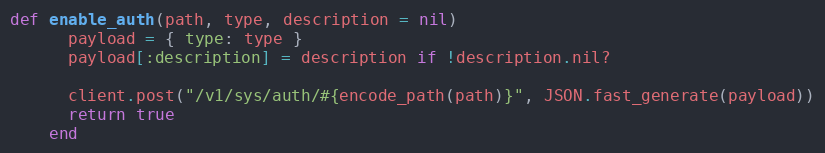
Language: Ruby
def enable_auth(path, type, description = nil)
      payload = { type: type }
      payload[:description] = description if !description.nil?

      client.post("/v1/sys/auth/#{encode_path(path)}", JSON.fast_generate(payload))
      return true
    end